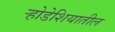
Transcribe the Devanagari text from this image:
र्‍होडेशियातील